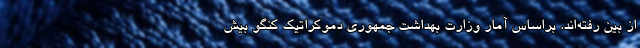
از بین رفته‌اند. براساس آمار وزارت بهداشت جمهوری دموکراتیک کنگو بیش